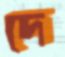
দে